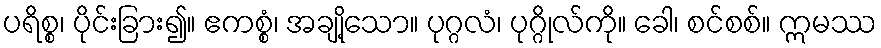
ပရိစ္စ၊ ပိုင်းခြား၍။ ဧကစ္စံ၊ အချို့သော။ ပုဂ္ဂလံ၊ ပုဂ္ဂိုလ်ကို။ ခေါ၊ စင်စစ်။ ဣမဿ